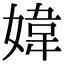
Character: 媁